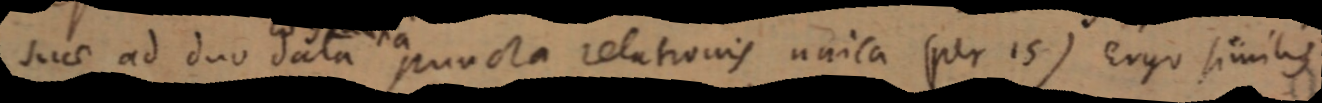
suae ad duo data puncta relationis unica (per 15) Ergo similis